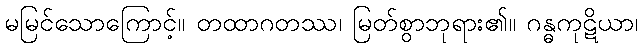
မမြင်သောကြောင့်။ တထာဂတဿ၊ မြတ်စွာဘုရား၏။ ဂန္ဓကုဋိယာ၊